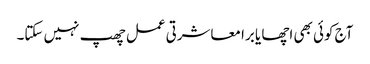
آج کوئی بھی اچھا یا برا معاشرتی عمل چھپ نہیں سکتا۔